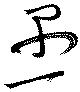
愚